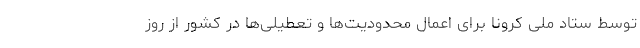
توسط ستاد ملی کرونا برای اعمال محدودیت‌ها و تعطیلی‌ها در کشور از روز